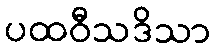
ပထဝီသဒိသာ